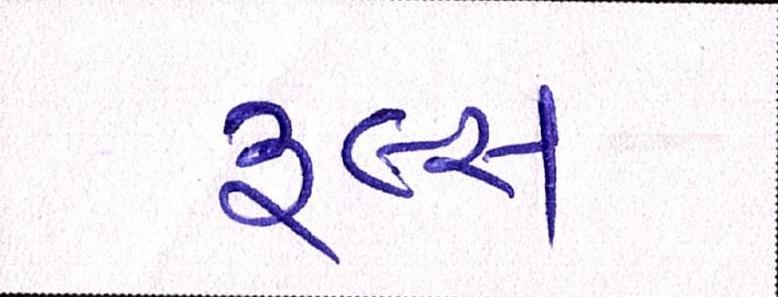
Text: રૂલ્સ